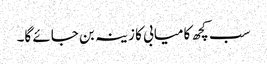
سب کچھ کامیابی کا زینہ بن جائے گا۔